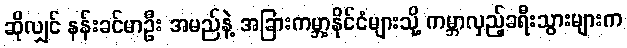
ဆိုလျှင် နန်းခင်မာဦး အမည်နဲ့ အခြားကမ္ဘာ့နိုင်ငံများသို့ ကမ္ဘာလှည့်ခရီးသွားများက